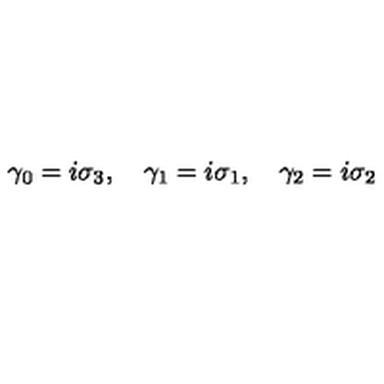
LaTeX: \gamma _ { 0 } = i \sigma _ { 3 } , \quad \gamma _ { 1 } = i \sigma _ { 1 } , \quad \gamma _ { 2 } = i \sigma _ { 2 }